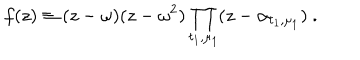
f ( z ) \equiv ( z - \omega ) ( z - \omega ^ { 2 } ) \prod _ { t _ { 1 } , \mu _ { 1 } } ( z - \alpha _ { t _ { 1 } , \mu _ { 1 } } ) \ .